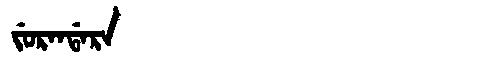
Manchu: ᠵᡠᡵᠠᠨᡩᠠᡵᠠ
Romanization: JURANDARA